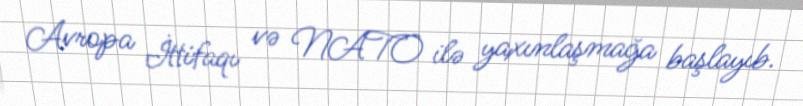
Avropa İttifaqı və NATO ilə yaxınlaşmağa başlayıb.